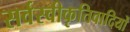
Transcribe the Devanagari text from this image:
सर्वस्वीकृतिवादियों